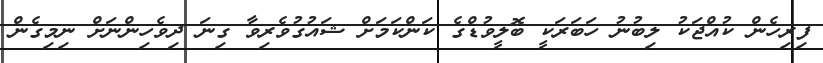
ފިރިހެން ކުއްޖަކު ލިބުނު ހަބަރަކީ ބޮލީވުޑްގެ ކަންކަމަށް ޝައުގުވެރިވާ ގިނަ ދިވެހިންނަށް ނިމިގެން